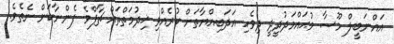
އައްނަބީލް މޫސާ މުޙައްމަދުދީދީ ދިވެހި އަދަބިއްޔާތަށް ކުރެއްވި ޚިދުމަތްތައް ޗާޕްވެ ފެންނާކަން ނެތެވެ.